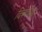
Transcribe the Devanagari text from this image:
दिव्यचक्षू